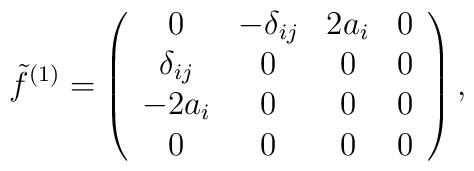
\tilde f^{(1)} = \left(\begin{array}{cccc}0           & -\delta_{ij}  &  2a_i   &   0 \\\delta_{ij} &         0     &   0    &   0 \\-2a_i         &         0     &   0    &     0   \\0       &        0    &   0    &     0  \end{array}\right),